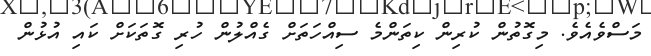
މަސްވެއެވެ. މިގޮތުން ކުރިން ކިތަންމެ ސިއްހަތަށް ގެއްލުން ހުރި ގޮތަކަށް ކައި އުޅުން